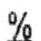
%